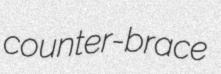
counter-brace